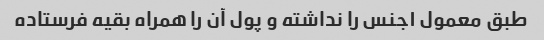
طبق معمول ۱جنس را نداشته و پول آن را همراه بقیه فرستاده